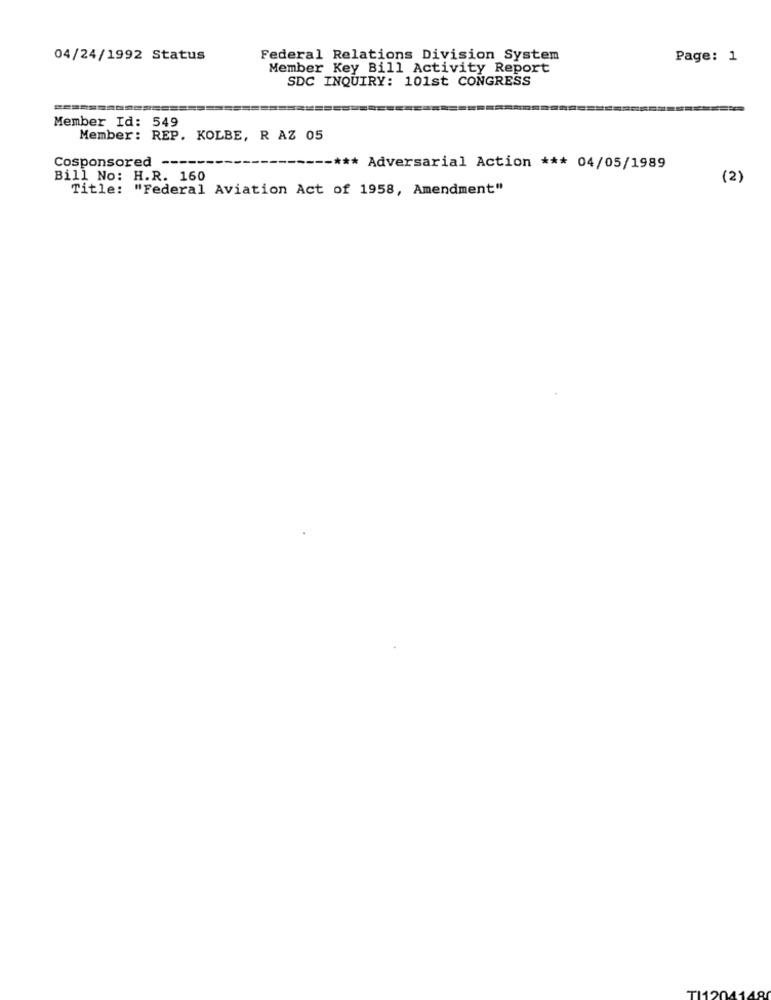
04/24/1992 Status
Federal Relations Division System
Page: 1
Member Key Bill Activity Report
SDC INQUIRY: 101st CONGRESS
Member Id: 549
Member: REP. KOLBE, R AZ 05
Cosponsored --
-*** Adversarial Action *** 04/05/1989
Bill No: H.R. 160
(2)
Title: "Federal Aviation Act of 1958, Amendment"
TI1204